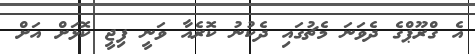
އެ ގްރޫޕްގެ ދެވަނަ މެޗުގައި ދެކުނު ކޮރެއާ ވަނީ ފިޖީ ކޮޅަށް އަށް